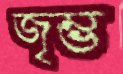
জৃম্ভ